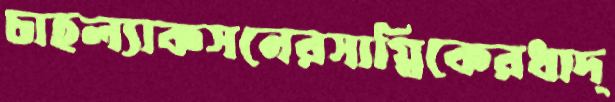
চাহল্যাকসনেরসাগ্নিকেরধাদ্